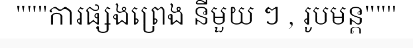
"""ការផ្សងព្រេង នីមួយ ៗ , រូបមន្ត"""